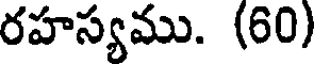
రహస్యము. (60)